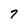
Character: 7